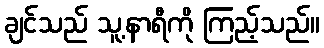
ချင်သည် သူ့နာရီကို ကြည့်သည်။